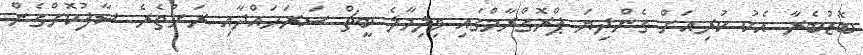
ބޮޑުބެރާ އެކު ކުރިއަށް ގެންދިޔަ ޕްރޮގްރާމްގައި ވިލިމާލެ ބީޗް ސަރަހައްދާއި ރަށުތެރެ ސާފުކޮށްގެން